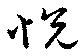
悅